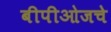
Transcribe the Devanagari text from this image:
बीपीओजचे